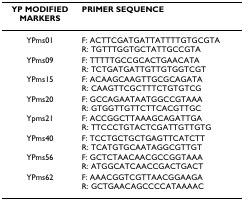
| YP MODIFIED MARKERS | PRIMER SEQUENCE |
 | --- | --- |
 | YPms01 | F: ACTTCGATGATTATTTTGTGCGTAR: TGTTTGGTGCTATTGCCGTA |
 | YPms09 | F: TTTTTGCCGCACTGAACATAR: TCTGATGATTGTTGTGGTCGT |
 | YPms15 | F: ACAAGCAAGTTGCGCAGATAR: CAAGTTCGCTTTCTGTGTCG |
 | YPms20 | F: GCCAGAATAATGGCCGTAAAR: GTGGTTGTTCTTCACGTTGC |
 | Ypms21 | F: ACCGGCTTAAAGCAGATTGAR: TTCCCTGTACTCGATTGTTGTG |
 | YPms40 | F: TCCTGCTGCTGAGTTCATCTTR: TCATGTGCAATAGGCGTTGT |
 | YPms56 | F: GCTCTAACAACGCCGGTAAAR: ATGGCATCAACCGACTGACT |
 | YPms62 | F: AAACGGTCGTTAACGGAAGAR: GCTGAACAGCCCCATAAAAC |